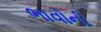
ભાવોની